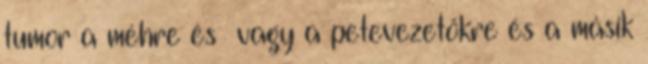
tumor a méhre és vagy a petevezetőkre és a másik